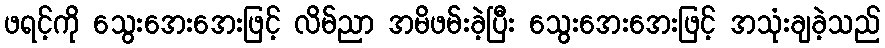
ဖရင့်ကို သွေးအေးအေးဖြင့် လိမ်ညာ အမိဖမ်းခဲ့ပြီး သွေးအေးအေးဖြင့် အသုံးချခဲ့သည်